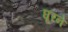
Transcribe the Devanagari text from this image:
घूरने